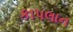
કાપલાન